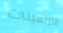
الأربعينات